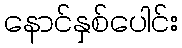
နောင်နှစ်ပေါင်း